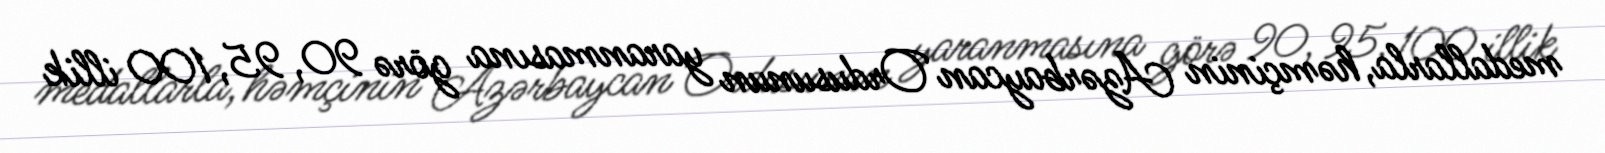
medallarla, həmçinin Azərbaycan Ordusunun yaranmasına görə 90, 95, 100 illik